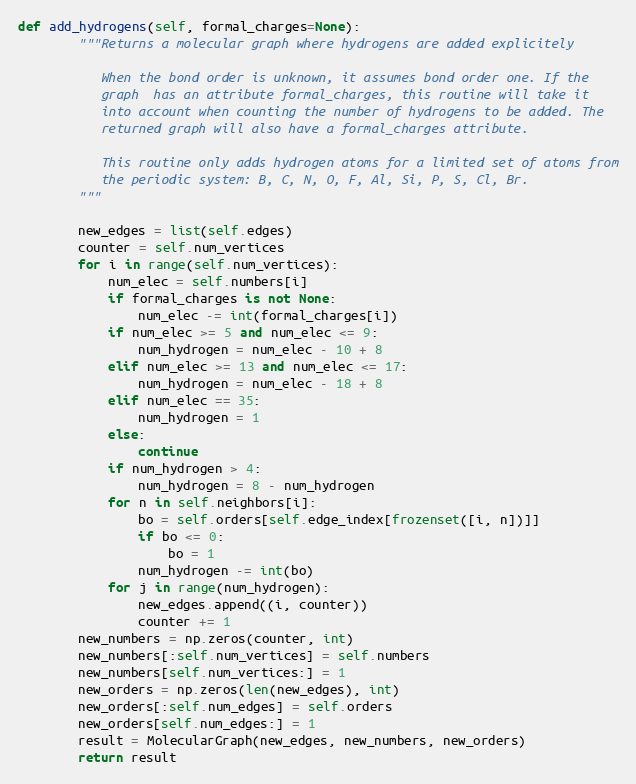
Language: Python
def add_hydrogens(self, formal_charges=None):
        """Returns a molecular graph where hydrogens are added explicitely

           When the bond order is unknown, it assumes bond order one. If the
           graph  has an attribute formal_charges, this routine will take it
           into account when counting the number of hydrogens to be added. The
           returned graph will also have a formal_charges attribute.

           This routine only adds hydrogen atoms for a limited set of atoms from
           the periodic system: B, C, N, O, F, Al, Si, P, S, Cl, Br.
        """

        new_edges = list(self.edges)
        counter = self.num_vertices
        for i in range(self.num_vertices):
            num_elec = self.numbers[i]
            if formal_charges is not None:
                num_elec -= int(formal_charges[i])
            if num_elec >= 5 and num_elec <= 9:
                num_hydrogen = num_elec - 10 + 8
            elif num_elec >= 13 and num_elec <= 17:
                num_hydrogen = num_elec - 18 + 8
            elif num_elec == 35:
                num_hydrogen = 1
            else:
                continue
            if num_hydrogen > 4:
                num_hydrogen = 8 - num_hydrogen
            for n in self.neighbors[i]:
                bo = self.orders[self.edge_index[frozenset([i, n])]]
                if bo <= 0:
                    bo = 1
                num_hydrogen -= int(bo)
            for j in range(num_hydrogen):
                new_edges.append((i, counter))
                counter += 1
        new_numbers = np.zeros(counter, int)
        new_numbers[:self.num_vertices] = self.numbers
        new_numbers[self.num_vertices:] = 1
        new_orders = np.zeros(len(new_edges), int)
        new_orders[:self.num_edges] = self.orders
        new_orders[self.num_edges:] = 1
        result = MolecularGraph(new_edges, new_numbers, new_orders)
        return result